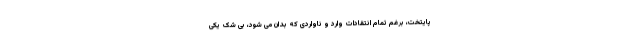
پایتخت، برغم تمام انتقادات وارد و ناواردی که بدان می شود، بی شک یکی